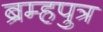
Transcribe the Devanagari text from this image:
ब्रम्हपुत्र